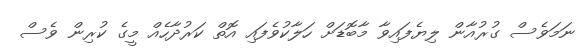
ނަމަވެސް ގުރުއާން ލިޔެފައިވާ މާބޮޑަށް ހަލާކުވެފައި އޮތް ކަރުދާހެއް މީގެ ކުރިން ވެސް